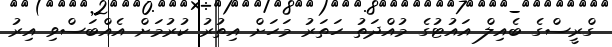
ގްރީސްގެ ބެއިލް އައުޓުގެ މުއްދަތު ހަތަރު މަހަށް އިތުރު ކުރުމަށް އެއްބަސްވި އިރު